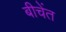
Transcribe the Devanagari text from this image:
बीचेंत